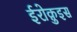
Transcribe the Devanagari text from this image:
ईरोक़ुइस